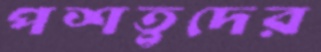
পশতুদের